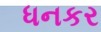
ધનકર